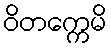
ဝိတက္ကေမိ